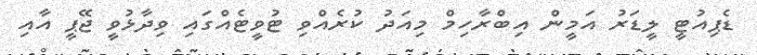
ޑެޕިއުޓީ ލީޑަރު އަމީން އިބްރާހިމް މިއަދު ކުރެއްވި ޓުވީޓެއްގައި ވިދާޅުވީ ޖޭޕީ އާއި